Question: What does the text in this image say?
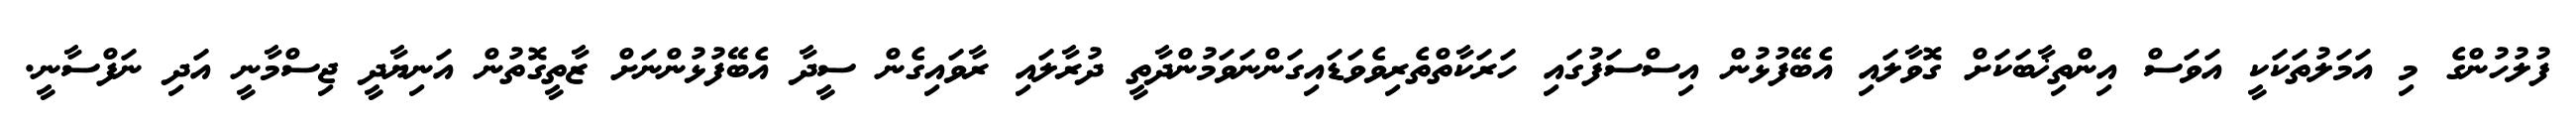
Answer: ފުލުހުންގެ މި އަމަލުތަކަކީ އަވަސް އިންތިޚާބަކަށް ގޮވާލައި އެބޭފުޅުން އިސްސަފުގައި ހަރަކާތްތެރިވެވަޑައިގަންނަވަމުންދާތީ ދުރާލައި ރާވައިގެން ސީދާ އެބޭފުޅުންނަށް ޒާތީގޮތުން އަނިޔާދީ ޖިސްމާނީ އަދި ނަފްސާނީ.